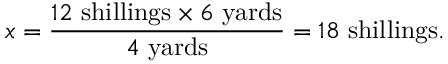
x = { \frac { 1 2 \ { \mathrm { s h i l l i n g s } } \times 6 \ { \mathrm { y a r d s } } } { 4 \ { \mathrm { y a r d s } } } } = 1 8 \ { \mathrm { s h i l l i n g s } } .